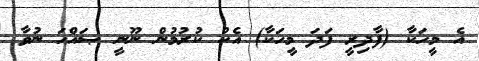
އެ މީހަކާ (ފާދިރީ ފަދަ މީހަކާ) އެކު ކުރުމުން ނޫނީ ޞައްޙަ ނުވާ